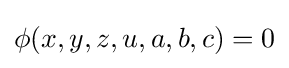
\phi (x,y,z,u,a,b,c)=0